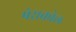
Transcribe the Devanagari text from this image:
पेराकोल